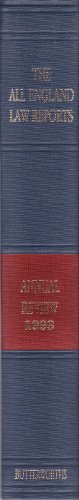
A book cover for All England Law Reports Annual Review 1993; Thomas S (Ed); Law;